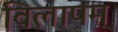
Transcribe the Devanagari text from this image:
विलापम्